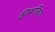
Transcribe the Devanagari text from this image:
कीरूलिया